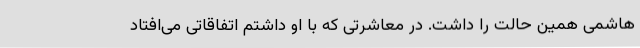
هاشمی همین حالت را داشت‌. در معاشرتی که با او داشتم اتفاقاتی می‌افتاد